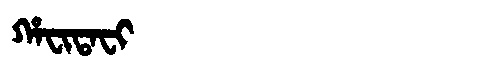
Manchu: ᡥᠠᠸᡳᡨᠠᠸᡳ
Romanization: HAFITAFI